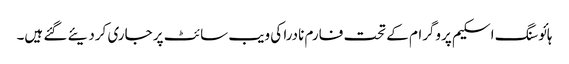
ہائوسنگ اسکیم پروگرام کے تحت فارم نادرا کی ویب سائٹ پر جاری کردیئے گئے ہیں۔